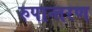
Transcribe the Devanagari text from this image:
रुपान्‍तरण